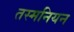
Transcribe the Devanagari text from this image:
तस्मनियन